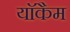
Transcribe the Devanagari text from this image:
याॅकैम